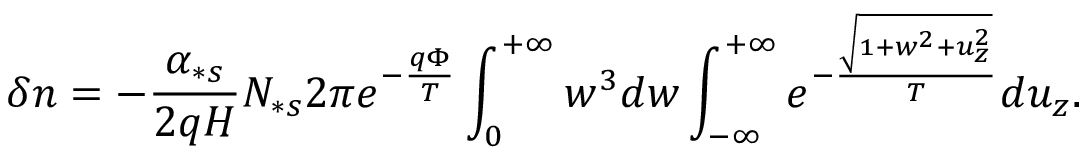
\delta n = - \frac { \alpha _ { \ast s } } { 2 q H } N _ { \ast s } 2 \pi e ^ { - \frac { q \Phi } { T } } \int _ { 0 } ^ { + \infty } w ^ { 3 } d w \int _ { - \infty } ^ { + \infty } e ^ { - \frac { \sqrt { 1 + w ^ { 2 } + u _ { z } ^ { 2 } } } { T } } d u _ { z } .